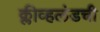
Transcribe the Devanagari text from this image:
क्लीव्हलंडची